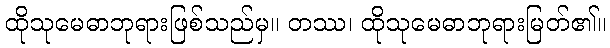
ထိုသုမေဓာဘုရားဖြစ်သည်မှ။ တဿ၊ ထိုသုမေဓာဘုရားမြတ်၏။